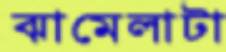
ঝামেলাটা